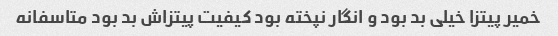
خمیر پیتزا خیلی بد بود و انگار نپخته بود کیفیت پیتزاش بد بود متاسفانه